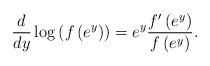
LaTeX: \begin{align*}\frac{d}{dy} \log\left(f \left( e^y \right)\right) = e^y \frac{f'\left(e^y\right)}{f\left(e^y\right)}.\end{align*}